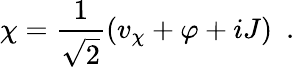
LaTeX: \chi=\frac{1}{\sqrt{2}}\left(v_{\chi}+\varphi+iJ\right)\, \, \, .